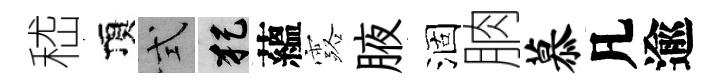
嵇頂式犯蘊露腋涸朒慕凡逾